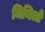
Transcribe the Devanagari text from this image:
मिनिलो